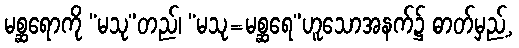
မစ္ဆရောကို “မသု”တည်၊ “မသု=မစ္ဆရေ”ဟူသောအနက်၌ ဓာတ်မှည့်,